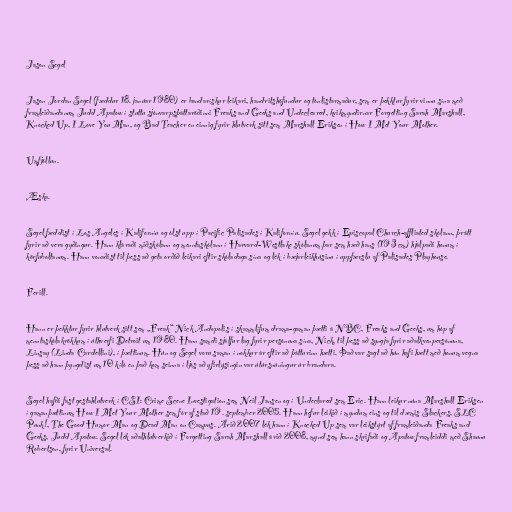
Jason Segel

Jason Jordan Segel (fæddur 18. janúar 1980) er bandarískur leikari, handritshöfundur og tónlistarmaður, sem er þekktur fyrir vinnu sína með
framleiðandanum Judd Apatow í stuttu sjónvarpsþáttaröðinni Freaks and Geeks and Undecleared, kvikmyndirnar Forgetting Sarah Marshall,
Knocked Up, I Love You Man, og Bad Teacher en einnig fyrir hlutverk sitt sem Marshall Eriksen í How I Met Your Mother.

Umfjöllun.

Æska.

Segel fæddist í Los Angeles í Kaliforníu og ólst upp í Pacific Palisades í Kaliforníu. Segel gekk í Episcopal Church-affliated skólann, þrátt
fyrir að vera gyðingur. Hann kláraði miðskólann og menntaskólann í Harvard-Westlake skólanum þar sem hæð hans (193 cm) hjálpaði honum í
körfuboltanum. Hann vonaðist til þess að geta orðið leikari eftir skóladaga sína og lék í bæjarleikhúsinu í uppfærslu af Palisades Playhouse.

Ferill.

Hann er þekktur fyrir hlutverk sitt sem „Freak“ Nick Andopolis í skammlífum drama-gaman þætti á NBC, Freaks and Geeks, um hóp af
menntaskólakrökkum í úthverfi Detroit um 1980. Hann samdi sjálfur lag fyrir persónuna sína, Nick, til þess að syngja fyrir aðalkvenpersónuna,
Linsay (Linda Cardellini), í þættinum. Hún og Segel voru saman í nokkur ár eftir að þátturinn hætti. Það var sagt að hún hafi hætt með honum vegna
þess að hann þyngdist um 10 kíló en það kom seinna í ljós að yfirlýsingin var útúrsnúningur úr brandara.

Segel hafði fast gestahlutverk í CSI: Crime Scene Investigation sem Neil Jansen og í Undeclared sem Eric. Hann leikur núna Marshall Eriksen
í gamanþættinum How I Met Your Mother sem fór af stað 19. september 2005. Hann hefur leikið í myndum eins og til dæmis Slackers, SLC
Punk!, The Good Humor Man og Dead Man on Campus. Árið 2007 lék hann í Knocked Up sem var leikstýrt af framleiðanda Freaks and
Geeks, Judd Apatow. Segel lék aðalhlutverkið í Forgetting Sarah Marshall árið 2008, mynd sem hann skrifaði og Apatow framleiddi með Shaunu
Robertson, fyrir Universal.